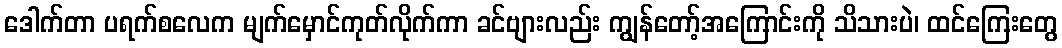
ဒေါက်တာ ပရက်စလေက မျက်မှောင်ကုတ်လိုက်ကာ ခင်ဗျားလည်း ကျွန်တော့်အကြောင်းကို သိသားပဲ၊ ထင်ကြေးတွေ